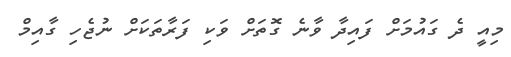
މިއީ ދެ ގައުމަށް ފައިދާ ވާނެ ގޮތަށް ވަކި ފަރާތަކަށް ނުޖެހި ގާއިމް